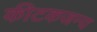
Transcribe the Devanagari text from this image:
कीटकजन्य